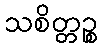
သစိတ္တဉ္စ